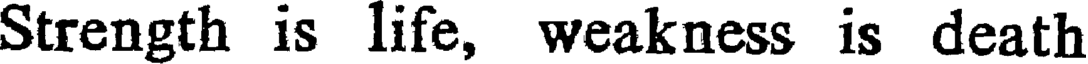
Strength is life, weakness is death